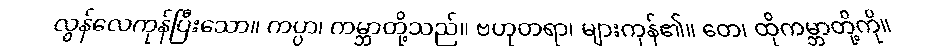
လွန်လေကုန်ပြီးသော။ ကပ္ပာ၊ ကမ္ဘာတို့သည်။ ဗဟုတရာ၊ များကုန်၏။ တေ၊ ထိုကမ္ဘာတို့ကို။